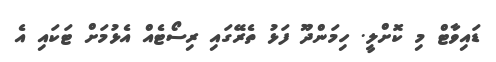
ޑައިވާޓް މި ކޮށްލީ. ހިމަންދޫ ފަޅު ތެރޭގައި ރިސޯޓެއް އެޅުމަށް ޓަކައި އެ